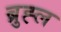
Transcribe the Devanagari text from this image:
ब्रुह्ल